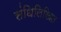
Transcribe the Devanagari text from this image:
संधिलिखित